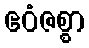
ဧဝံဇစ္စာ